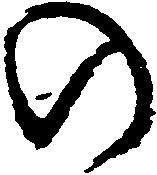
の